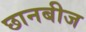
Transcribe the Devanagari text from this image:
छानबीज